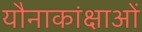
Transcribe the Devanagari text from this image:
यौनाकांक्षाओं